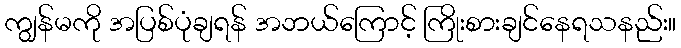
ကျွန်မကို အပြစ်ပုံချရန် အဘယ်ကြောင့် ကြိုးစားချင်နေရသနည်း။